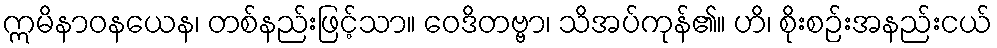
ဣမိနာဝနယေန၊ တစ်နည်းဖြင့်သာ။ ဝေဒိတဗ္ဗာ၊ သိအပ်ကုန်၏။ ဟိ၊ စိုးစဉ်းအနည်းငယ်